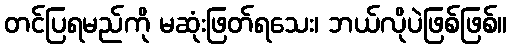
တင်ပြရမည်ကို မဆုံးဖြတ်ရသေး၊ ဘယ်လိုပဲဖြစ်ဖြစ်။